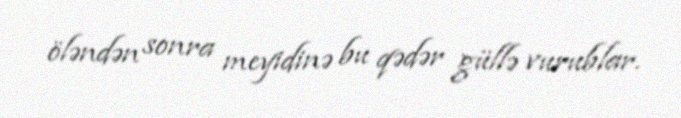
öləndən sonra meyidinə bu qədər güllə vurublar.